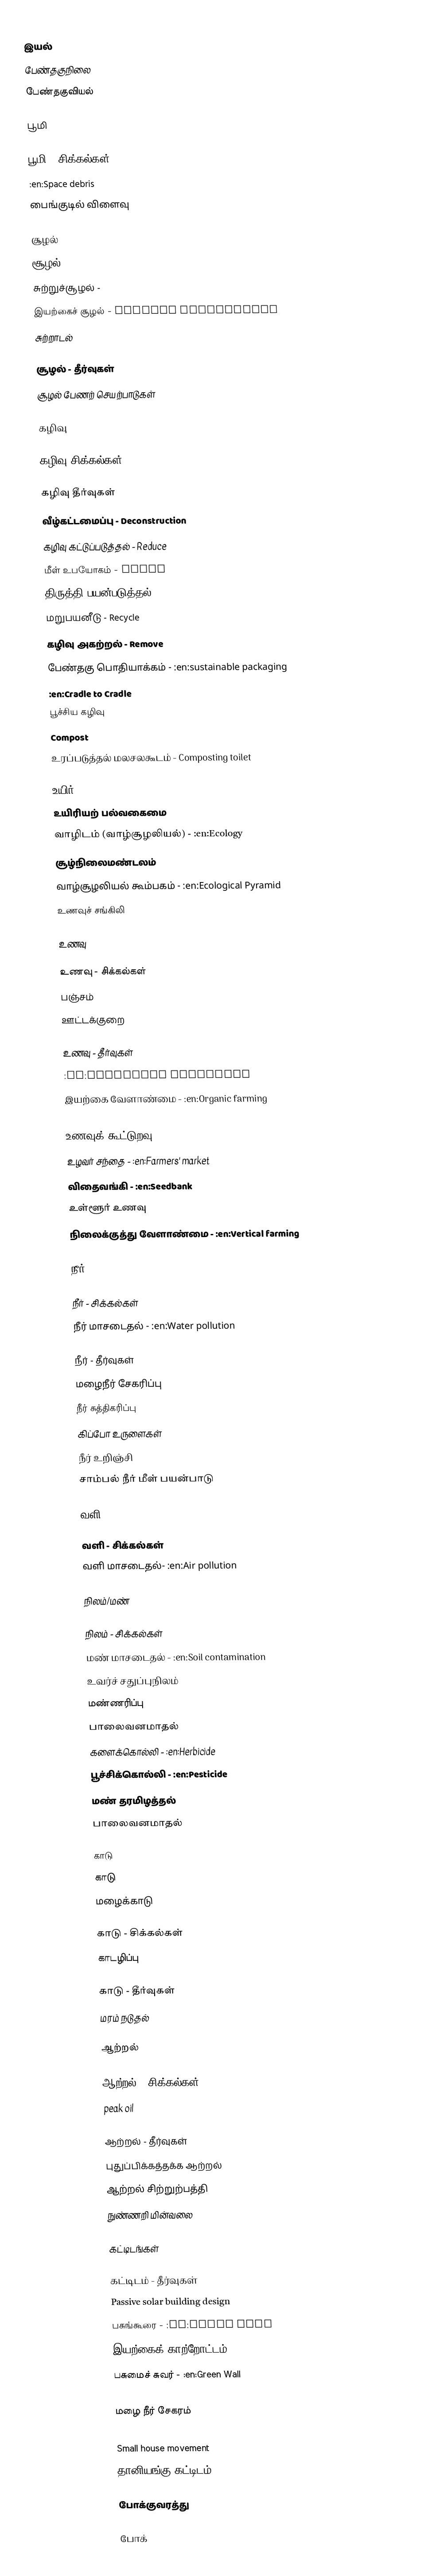

இயல்
 பேண்தகுநிலை
 பேண்தகுவியல்

பூமி

பூமி - சிக்கல்கள்
 :en:Space debris
 பைங்குடில் விளைவு

சூழல்
 சூழல் - Enviornment
 சுற்றுச்சூழல் -
 இயற்கைச் சூழல் - Natural Enviornment
 சுற்றாடல்

சூழல் - தீர்வுகள்
 சூழல் பேணற் செயற்பாடுகள்

கழிவு

கழிவு சிக்கல்கள்

கழிவு தீர்வுகள்
 வீழ்கட்டமைப்பு - Deconstruction
 கழிவு கட்டுப்படுத்தல் - Reduce
 மீள் உபயோகம் - Reuse
 திருத்தி பயன்படுத்தல் - Repair
 மறுபயனீடு - Recycle
 கழிவு அகற்றல் - Remove
 பேண்தகு பொதியாக்கம் - :en:sustainable packaging
 :en:Cradle to Cradle
 பூச்சிய கழிவு
 Compost
 உரப்படுத்தல் மலசலகூடம் - Composting toilet

உயிர்
 உயிரியற் பல்வகைமை
 வாழிடம் (வாழ்சூழலியல்) - :en:Ecology
 சூழ்நிலைமண்டலம்
 வாழ்சூழலியல் கூம்பகம் - :en:Ecological Pyramid
 உணவுச் சங்கிலி

உணவு

உணவு - சிக்கல்கள்
 பஞ்சம்
 ஊட்டக்குறை

உணவு - தீர்வுகள்
 :en:Community gardening
 இயற்கை வேளாண்மை - :en:Organic farming
 :en:Slow Food
 உணவுக் கூட்டுறவு - :en:Food cooperative
 உழவர் சந்தை - :en:Farmers' market
 விதைவங்கி - :en:Seedbank
 உள்ளூர் உணவு
 நிலைக்குத்து வேளாண்மை - :en:Vertical farming

நீர்

நீர் - சிக்கல்கள்
 நீர் மாசடைதல் - :en:Water pollution

நீர் - தீர்வுகள்
 மழைநீர் சேகரிப்பு
 நீர் சுத்திகரிப்பு
 கிப்போ உருளைகள்
 நீர் உறிஞ்சி
 சாம்பல் நீர் மீள் பயன்பாடு

வளி

வளி - சிக்கல்கள்
 வளி மாசடைதல்- :en:Air pollution

நிலம்/மண்

நிலம் - சிக்கல்கள்
 மண் மாசடைதல் - :en:Soil contamination
 உவர்ச் சதுப்புநிலம்
 மண்ணரிப்பு
 பாலைவனமாதல்
 களைக்கொல்லி - :en:Herbicide
 பூச்சிக்கொல்லி - :en:Pesticide
 மண் தரமிழத்தல்
 பாலைவனமாதல்

காடு
 காடு
 மழைக்காடு

காடு - சிக்கல்கள்
 காடழிப்பு

காடு - தீர்வுகள்
 மரம் நடுதல்

ஆற்றல்

ஆற்றல் - சிக்கல்கள்
 peak oil

ஆற்றல் - தீர்வுகள்
 புதுப்பிக்கத்தக்க ஆற்றல்
 ஆற்றல் சிற்றுற்பத்தி
 நுண்ணறி மின்வலை

கட்டிடங்கள்

கட்டிடம் - தீர்வுகள்
 Passive solar building design
 பசுங்கூரை - :en:Green roof
 இயற்கைக் காற்றோட்டம் - :en:Natural ventilation
 பசுமைச் சுவர் - :en:Green Wall
 :en:Geothermal heating
 மழை நீர் சேகரம்
 :en:Compressed earth block
 Small house movement
 தானியங்கு கட்டிடம்

போக்குவரத்து

போக்